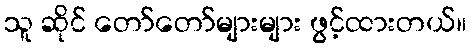
သူ ဆိုင် တော်တော်များများ ဖွင့်ထားတယ်။